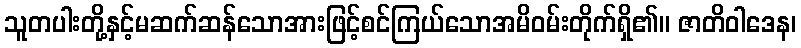
သူတပါးတို့နှင့်မဆက်ဆန်သောအားဖြင့်စင်ကြယ်သောအမိဝမ်းတိုက်ရှိ၏။ ဇာတိဝါဒေန၊